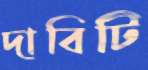
দাবিটি